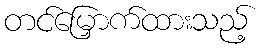
တင်မြှောက်ထားသည့်